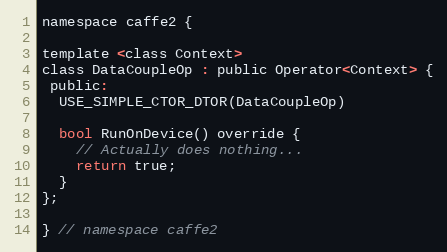
Language: C
namespace caffe2 {

template <class Context>
class DataCoupleOp : public Operator<Context> {
 public:
  USE_SIMPLE_CTOR_DTOR(DataCoupleOp)

  bool RunOnDevice() override {
    // Actually does nothing...
    return true;
  }
};

} // namespace caffe2